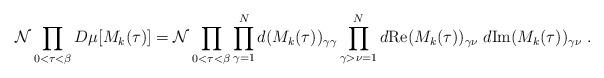
LaTeX: \begin{align*}{\cal N}\prod_{0<\tau<\beta} D\mu[M_k(\tau)] ={\cal N}\prod_{0<\tau<\beta}\prod_{\gamma=1}^Nd(M_k(\tau))_{\gamma\gamma}\prod_{\gamma > \nu =1}^N d \mbox{Re} (M_k(\tau))_{\gamma\nu} \;d \mbox{Im}(M_k(\tau))_{\gamma \nu} \; .\end{align*}